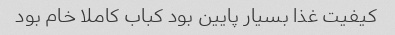
کیفیت غذا بسیار پایین بود کباب کاملا خام بود